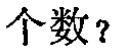
个数？